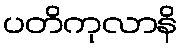
ပတိကုလာနိ